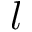
l